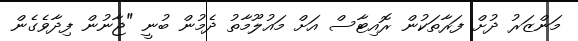
މަންޒަރު ދުށް ފަރާތަކުން ރޮއިޓާސް އަށް މައުލޫމާތު ދެމުން ބުނީ "ޖާނުން ފިދާވެގެން